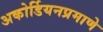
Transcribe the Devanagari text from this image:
अकोर्डियनप्रमाणे